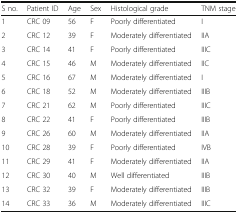
| S no. | Patient ID | Age | Sex | Histological grade | TNM stage |
 | --- | --- | --- | --- | --- | --- |
 | 1 | CRC 09 | 56 | F | Poorly differentiated | I |
 | 2 | CRC 12 | 39 | F | Moderately differentiated | IIA |
 | 3 | CRC 14 | 41 | F | Poorly differentiated | IIIC |
 | 4 | CRC 15 | 46 | M | Moderately differentiated | IIC |
 | 5 | CRC 16 | 67 | M | Moderately differentiated | I |
 | 6 | CRC 18 | 52 | M | Moderately differentiated | IIIB |
 | 7 | CRC 21 | 62 | M | Poorly differentiated | IIIC |
 | 8 | CRC 22 | 41 | F | Poorly differentiated | IIIB |
 | 9 | CRC 26 | 60 | M | Moderately differentiated | IIA |
 | 10 | CRC 28 | 39 | F | Poorly differentiated | IVB |
 | 11 | CRC 29 | 41 | F | Moderately differentiated | IIA |
 | 12 | CRC 30 | 40 | M | Well differentiated | IIIB |
 | 13 | CRC 32 | 39 | F | Moderately differentiated | IIIB |
 | 14 | CRC 33 | 36 | M | Moderately differentiated | IIIC |